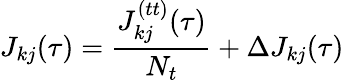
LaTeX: J_{kj}(\tau)=\frac{J_{kj}^{(tt)}(\tau)}{N_{t}}+\Delta J_{kj}(\tau)